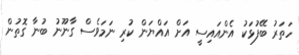
ހަތަރު ބޭފުޅަކު އެންއައިސީ އަށް އައްޔަން ކުރި ނަމަވެސް ގާނޫނު ބުނާ ގޮތުން